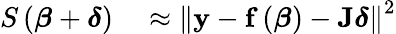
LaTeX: \begin{array}{rl}{S\left({\boldsymbol{\beta}}+{\boldsymbol{\delta}}\right)}&{{}\approx\left\| \mathbf{y}-\mathbf{f}\left({\boldsymbol{\beta}}\right)-\mathbf{J}{\boldsymbol{\delta}}\right\| ^{2}}\end{array}